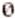
0